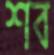
শব